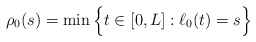
\begin{align*}\rho_0(s) = \min \Big\{ t \in [0,L] : \ell_0(t) = s \Big\}\end{align*}